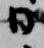
日